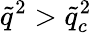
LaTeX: \tilde{q}^{2}>\tilde{q}_{c}^{2}